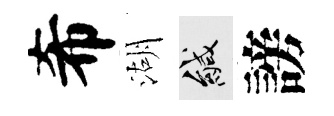
希湖緘謗